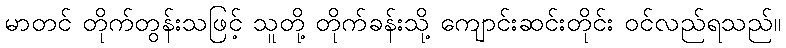
မာတင် တိုက်တွန်းသဖြင့် သူတို့ တိုက်ခန်းသို့ ကျောင်းဆင်းတိုင်း ဝင်လည်ရသည်။